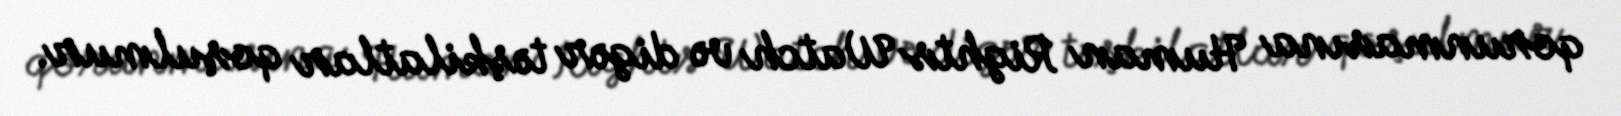
qorunmasına Human Rights Watch və digər təşkilatlar qoşulmur.